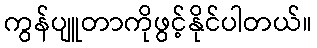
ကွန်ပျူတာကိုဖွင့်နိုင်ပါတယ်။